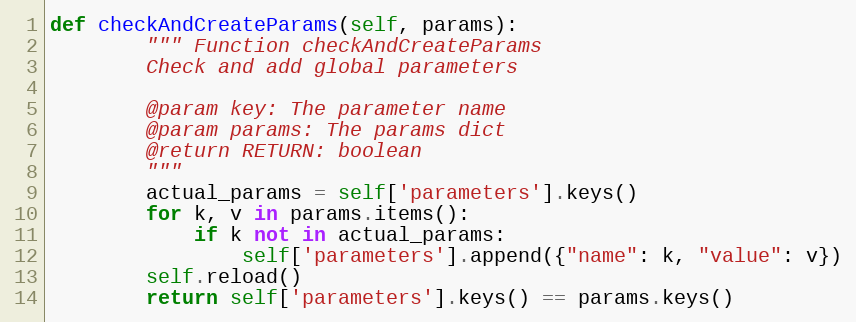
Language: Python
def checkAndCreateParams(self, params):
        """ Function checkAndCreateParams
        Check and add global parameters

        @param key: The parameter name
        @param params: The params dict
        @return RETURN: boolean
        """
        actual_params = self['parameters'].keys()
        for k, v in params.items():
            if k not in actual_params:
                self['parameters'].append({"name": k, "value": v})
        self.reload()
        return self['parameters'].keys() == params.keys()